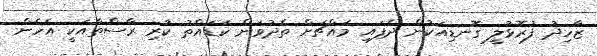
ޒާހިދު ފުރޮޅުލީ ގޮނޑިއަކުން ދެފައި މައްޗަށް ތެދުވަން ކަޑައްތު ކުރި ރާސްތާއަކީ އެހެން